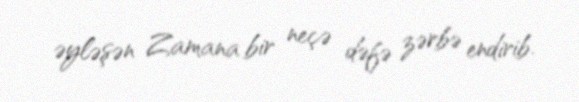
əyləşən Zamana bir neçə dəfə zərbə endirib.